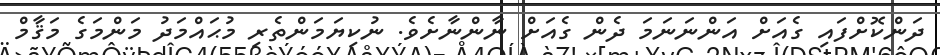
ދަންކޮށްފައި ގެއަށް އަންނަނަމަ ދެން ގެއަށް ނާންނާށެވެ. ނުކިޔަމަންތެރި މުޙައްމަދު މަންމަގެ މަޤާމް